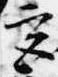
宮